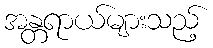
အန္တရာယ်များသည့်